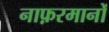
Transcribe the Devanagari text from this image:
नाफ़रमानों